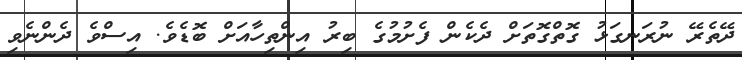
ދޭތެރޭ ނުރަނގަޅު ގޮތްގޮތަށް ދެކެން ފެށުމުގެ ބިރު އިންތިހާއަށް ބޮޑެވެ. އިސްވެ ދެންނެވި